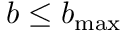
b \leq b _ { \mathrm { m a x } }